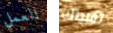
العمل تقبيلك